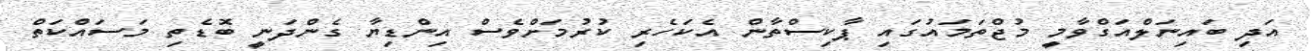
އަދި ބައިނަލްއަގްވާމީ މުޖްތަމައުގައި ޕާކިސްތާން އެކަހެރި ކުރުމަށްވެސް އިންޑިޔާ ގެންދަނީ ބޮޑެތި މަސައްކަތް